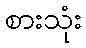
စားသုံး